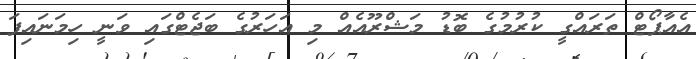
އެއާޕޯޓް ތަރައްގީ ކުރުމުގެ ބޮޑު މަޝްރޫއެއް މި އަހަރުގެ ބަޖެޓްގައި ވަނީ ހިމަނައިފަ